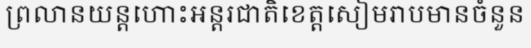
ព្រលានយន្តហោះអន្តរជាតិខេត្តសៀមរាបមានចំនួន